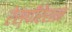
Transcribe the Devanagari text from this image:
रेस्पीरेशन